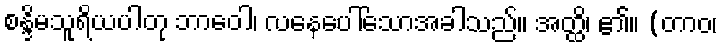
စန္ဒိမသူရိယပါတု ဘာဝေါ၊ လနေပေါ်သောအခါသည်။ အတ္ထိ၊ ၏။ (တာဝ၊